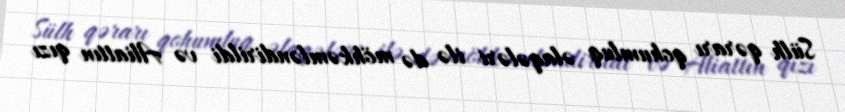
Sülh qərarı qohumluq əlaqələri ilə də möhkəmləndirildi və Aliattın qızı